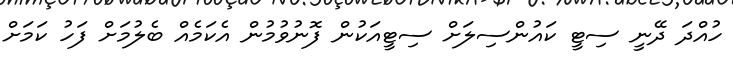
ހުއްދަ ދޭނީ ސިޓީ ކައުންސިލަށް ސިޓީއަކުން ފޮނުވުމުން އެކަމެއް ބެލުމަށް ފަހު ކަމަށް